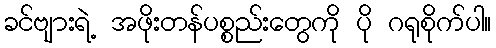
ခင်ဗျားရဲ့ အဖိုးတန်ပစ္စည်းတွေကို ပို ဂရုစိုက်ပါ။